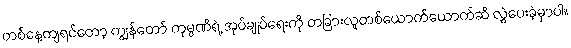
တစ်နေ့ကျရင်တော့ ကျွန်တော် ကုမ္ပဏီရဲ့ အုပ်ချုပ်ရေးကို တခြားလူတစ်ယောက်ယောက်ဆီ လွှဲပေးခဲ့မှာပါ။